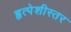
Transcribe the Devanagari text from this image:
हृत्पेशीस्तर